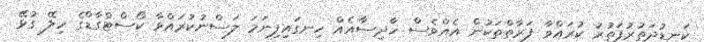
ކަނޑުދަތުރުފަތުރު ކުރައްވާ ފަރާތްތަކުން އެއްވެސް ހާދިސާއެއް ހިނގައިފިނަމަ ލަސްނުކުރައްވާ ކޯސްޓްގާޑްގެ ހިލޭ ގުޅޭ